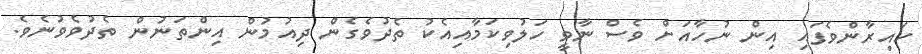
ހައިރާންވެފައި އިން ނުހާއަށް ވެސް ނާވީ ހަލުވިކަމާއިއެކު ތެދުވެގެން ދިއުމުން އިންތަނުން ތެދުވެވުނެވެ.